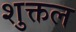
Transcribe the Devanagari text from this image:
शुक्तल